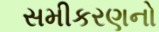
સમીકરણનો